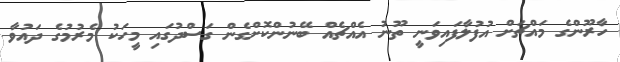
ހާރޫންގެ މައްޗަށް އުފުލާފައިވަނީ ތޫނު އެއްޗެއް ބޭނުންކޮށްގެން ގަސްދުގައި މީހަކު މެރުމުގެ ދައުވާ